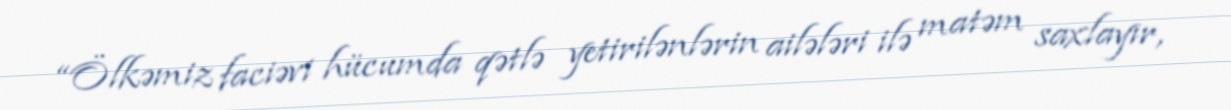
“Ölkəmiz faciəvi hücumda qətlə yetirilənlərin ailələri ilə matəm saxlayır,